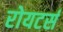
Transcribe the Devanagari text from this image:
रोयटर्स